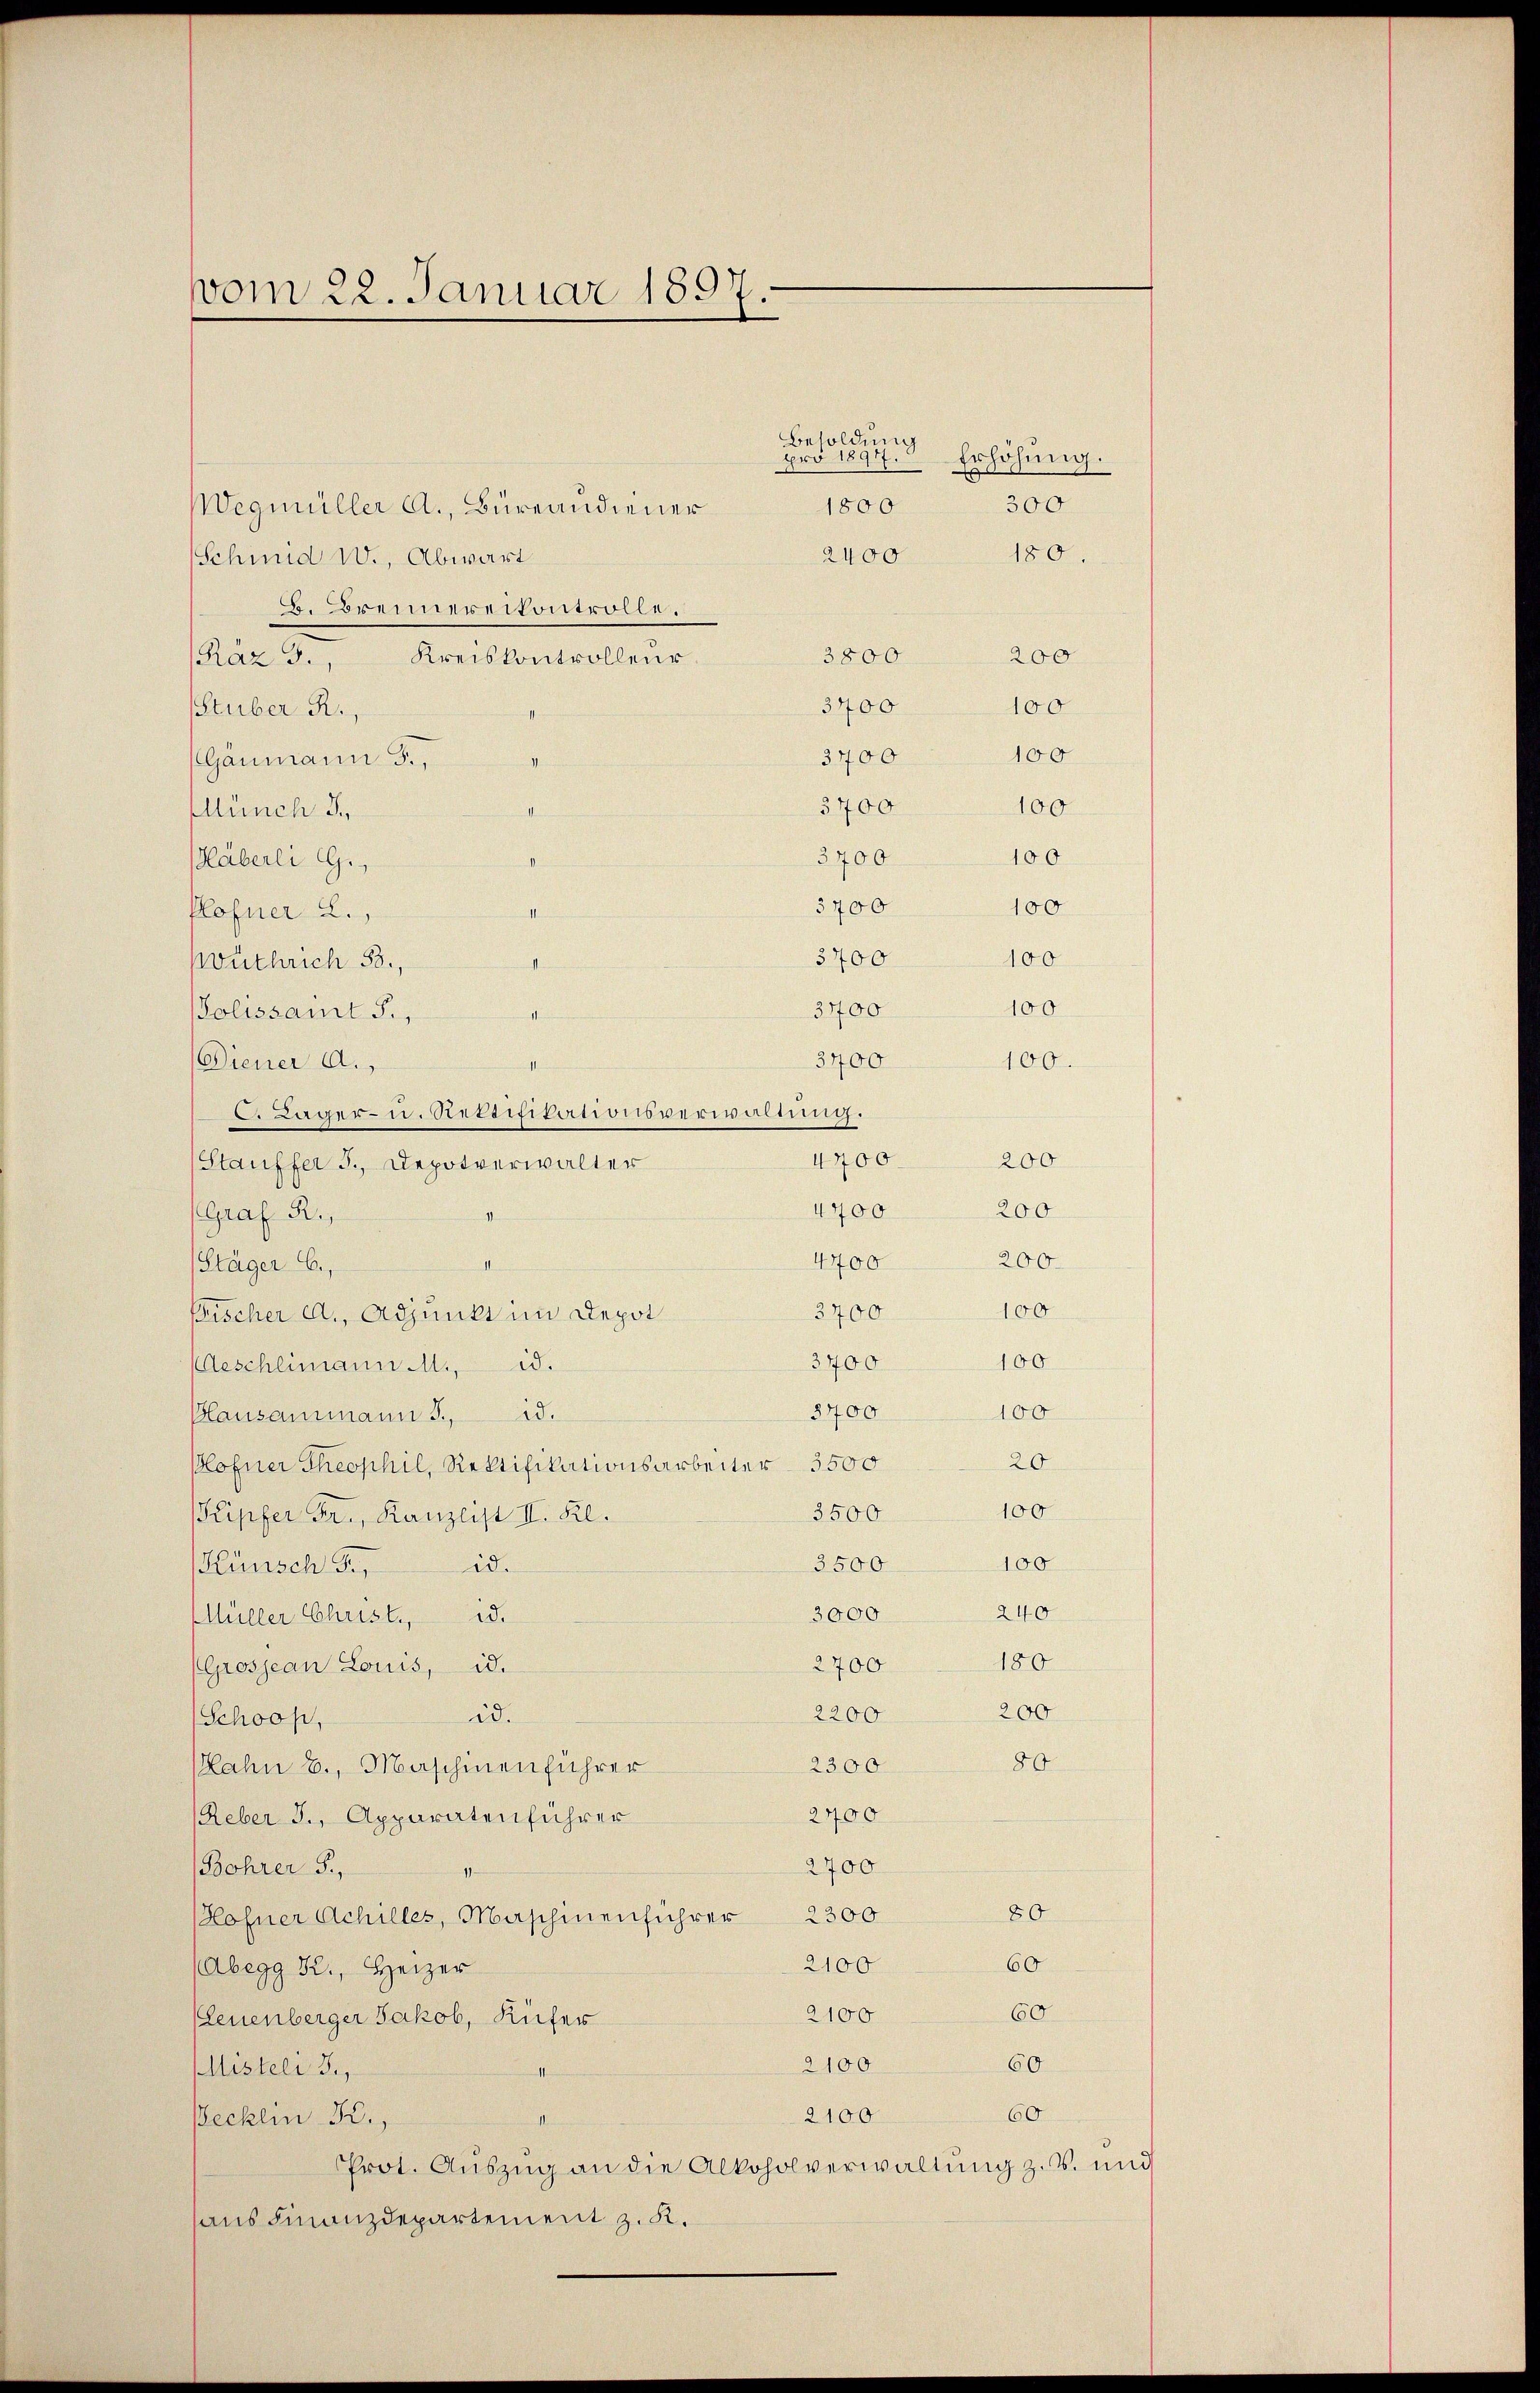
vom 22. Januar 1897.

Wegmüller A., Bureandiener
Schmid 1., Abwart
B. Brennereikontrolle.
3800 200
az 3., Kreiskontrolleur
3400
Stuber R.,
3400
Gänmann F.,
5700
100
Münch 3
3700
100
Häberli G.,
3700
100
Hofner 2.,
5400
100
vuchrich 58,
100
3400
Polissant J.,
ich hie
3400.
Diener A.
100.
. Lager- u. Rettifikationsverwaltung.
4700. 200
Stauffer 3., Depotverwalter
4400
200
Graf R.,
200.
4700
II
Stäger B.,
100
3700
Fischer A. Adjunkt im Depot
100
3400
id.
Aeschlimann M.,
8400
100
Blausammann S. 15.
20
Plofner Theophil, Rektifikationsarbeiter 3500
100
3500
KKipfer Fr., Kanzlist II. Kl.
100
3500
id.
Künsch Fr.
240
3000
Müller Christ., d.
180
2700
Grosjean Louis, id.
200
2200
id.
Schooß,
80
ahn b., Maschinenführer
2300.
2400
Reber J., Apparatenführer
2700
(Bohrer F.,
11
80
Hofner Achilles, Maschinenführer 2300
60
2100
(Abegg K., Heizer
60
2100
(Leuenberger Jakob, Küfer
60
2100
Misteli J.,
1
60
2100
Becklin K.,
II
Prot. Auszug an die Alkoholverwaltung z. B. und
aus Finanzdepartement z. K.

100

pro 1897. Erhöhung.
300
1800
180.
2400

Besoldung

100